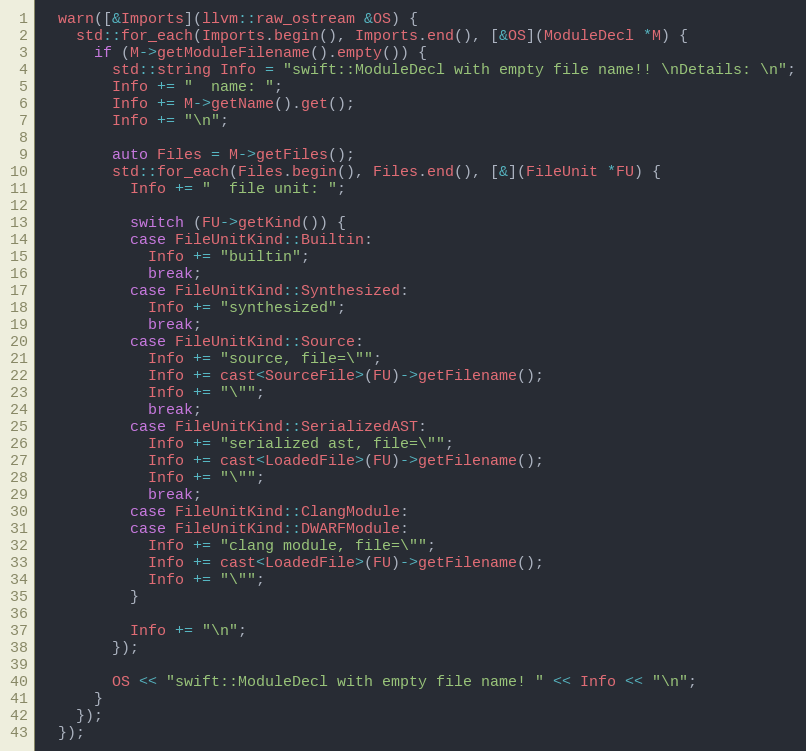
Language: C++
  warn([&Imports](llvm::raw_ostream &OS) {
    std::for_each(Imports.begin(), Imports.end(), [&OS](ModuleDecl *M) {
      if (M->getModuleFilename().empty()) {
        std::string Info = "swift::ModuleDecl with empty file name!! \nDetails: \n";
        Info += "  name: ";
        Info += M->getName().get();
        Info += "\n";

        auto Files = M->getFiles();
        std::for_each(Files.begin(), Files.end(), [&](FileUnit *FU) {
          Info += "  file unit: ";

          switch (FU->getKind()) {
          case FileUnitKind::Builtin:
            Info += "builtin";
            break;
          case FileUnitKind::Synthesized:
            Info += "synthesized";
            break;
          case FileUnitKind::Source:
            Info += "source, file=\"";
            Info += cast<SourceFile>(FU)->getFilename();
            Info += "\"";
            break;
          case FileUnitKind::SerializedAST:
            Info += "serialized ast, file=\"";
            Info += cast<LoadedFile>(FU)->getFilename();
            Info += "\"";
            break;
          case FileUnitKind::ClangModule:
          case FileUnitKind::DWARFModule:
            Info += "clang module, file=\"";
            Info += cast<LoadedFile>(FU)->getFilename();
            Info += "\"";
          }

          Info += "\n";
        });

        OS << "swift::ModuleDecl with empty file name! " << Info << "\n";
      }
    });
  });